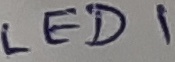
Text: LED1